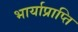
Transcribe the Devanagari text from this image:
भार्याप्राप्ति